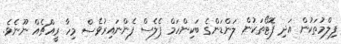
ފިލްމުތަކުން އަދި ފޮޓޯތަކުން ލަންޑަންގެ ބަކިންހަމް ޕެލެސް ފެންނައިރުވެސް މިހާ ރީއްޗެއް ނޫނެވެ.